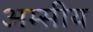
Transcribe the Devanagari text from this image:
अम्सीय